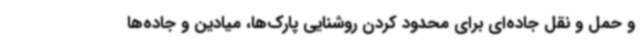
و حمل و نقل جاده‌ای برای محدود کردن روشنایی پارک‌ها، میادین و جاده‌ها